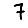
Digit: 7